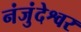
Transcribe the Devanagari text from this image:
नंजुंदेश्वर